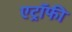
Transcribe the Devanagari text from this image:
एट्रॉफी